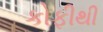
કોફીથી